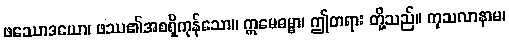
ဖဿောဒယော၊ ဖဿ၏အစရှိကုန်သော။ ဣမေဓမ္မာ၊ ဤတရား တို့သည်။ ကုသလာနာမ၊